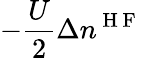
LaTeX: -\frac{U}{2}\Delta n^{\mathrm{~H~F~}}